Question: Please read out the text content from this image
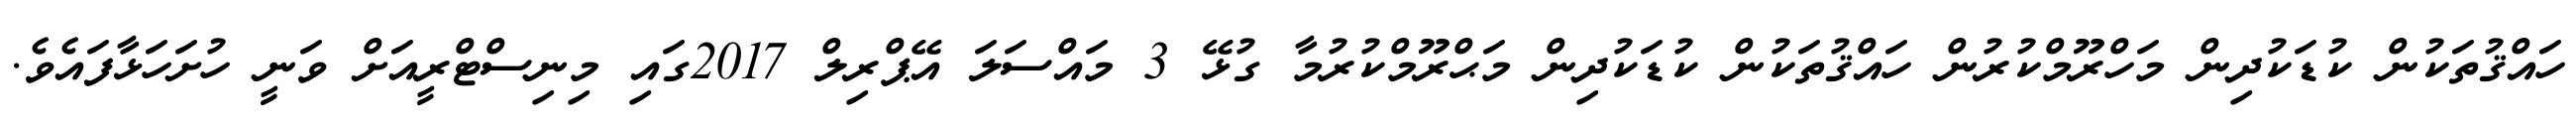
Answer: ހައްޤުތަކުން ކުޑަކުދިން މަހްރޫމްކުރުން ހައްޤުތަކުން ކުޑަކުދިން މަޙްރޫމްކުރުމާ ގުޅޭ 3 މައްސަލަ އޭޕްރިލް 2017ގައި މިނިސްޓްރީއަށް ވަނީ ހުށަހަޅާފައެވެ.